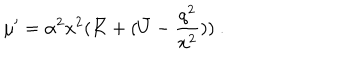
\mu ^ { \prime } = \alpha ^ { 2 } x ^ { 2 } ( \bar { K } + ( \bar { U } - \frac { q ^ { 2 } } { x ^ { 2 } } ) ) \ .